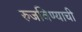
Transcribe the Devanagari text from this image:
रुजविण्याची